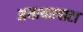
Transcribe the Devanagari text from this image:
अयायरपाटा